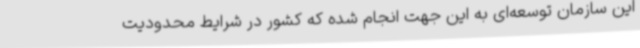
این سازمان توسعه‌ای به این جهت انجام شده که کشور در شرایط محدودیت